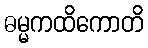
ဓမ္မကထိကောတိ